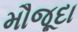
મૌજૂદા